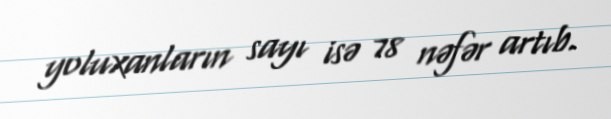
yoluxanların sayı isə 78 nəfər artıb.